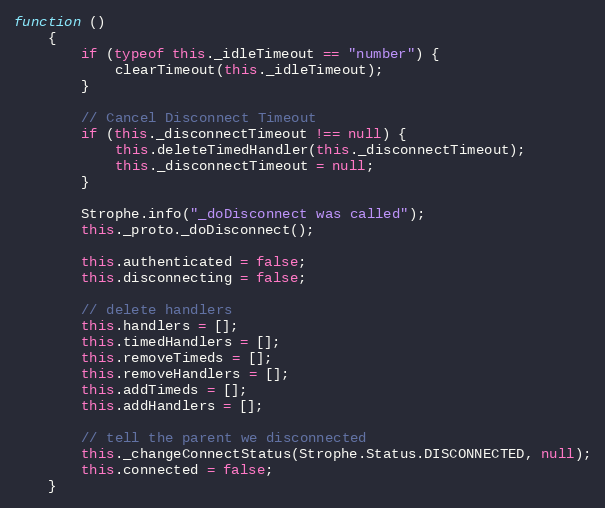
Language: JavaScript
function ()
    {
        if (typeof this._idleTimeout == "number") {
            clearTimeout(this._idleTimeout);
        }

        // Cancel Disconnect Timeout
        if (this._disconnectTimeout !== null) {
            this.deleteTimedHandler(this._disconnectTimeout);
            this._disconnectTimeout = null;
        }

        Strophe.info("_doDisconnect was called");
        this._proto._doDisconnect();

        this.authenticated = false;
        this.disconnecting = false;

        // delete handlers
        this.handlers = [];
        this.timedHandlers = [];
        this.removeTimeds = [];
        this.removeHandlers = [];
        this.addTimeds = [];
        this.addHandlers = [];

        // tell the parent we disconnected
        this._changeConnectStatus(Strophe.Status.DISCONNECTED, null);
        this.connected = false;
    }